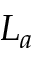
L _ { a }